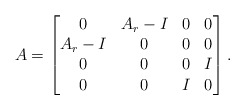
\begin{align*}A = \left[\begin{matrix}0 & A_r-I & 0 & 0 \\A_r-I & 0 & 0 & 0 \\0 & 0 & 0 & I \\0 & 0 & I & 0\end{matrix}\right].\end{align*}